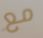
مع